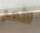
الأمر